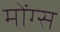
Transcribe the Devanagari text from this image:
मोंग्स